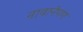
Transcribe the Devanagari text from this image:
नावानेपण